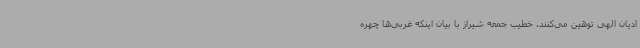
ادیان الهی توهین می‌کنند. خطیب جمعه شیراز با بیان اینکه غربی‌ها چهره